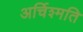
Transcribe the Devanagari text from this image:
अर्चिश्मति